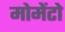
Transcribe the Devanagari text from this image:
मोमेंटो